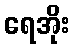
ရေအိုး